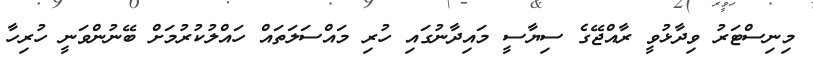
މިނިސްޓަރު ވިދާޅުވީ ރާއްޖޭގެ ސިޔާސީ މައިދާނުގައި ހުރި މައްސަލަތައް ހައްލުކުރުމަށް ބޭނުންވަނީ ހުރިހާ